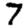
Digit: 7